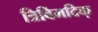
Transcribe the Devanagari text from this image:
त्रिविमदिक्